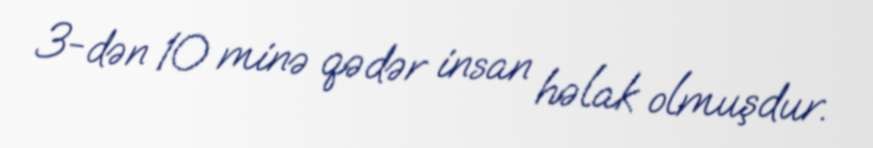
3-dən 10 minə qədər insan həlak olmuşdur.